Lunatic asylums Bombay report 1878-1890 - 1878-1890
Year: 1878
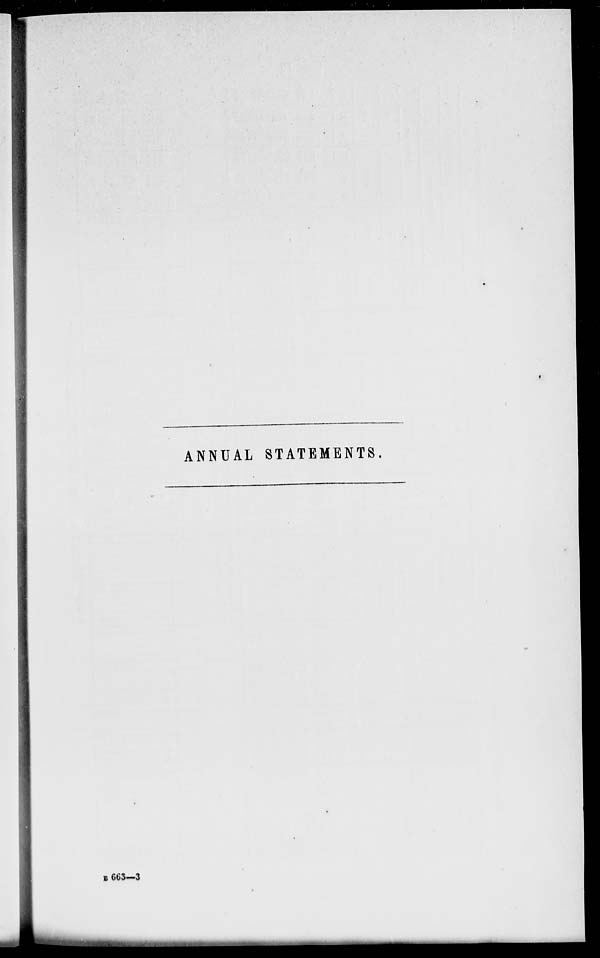
ANNUAL STATEMENTS.
B 663—3